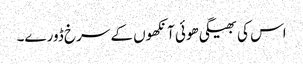
اس کی بھیگی ھوئی آنکھوں کے سرخ ڈورے۔